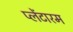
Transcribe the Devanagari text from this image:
प्लेंटारम